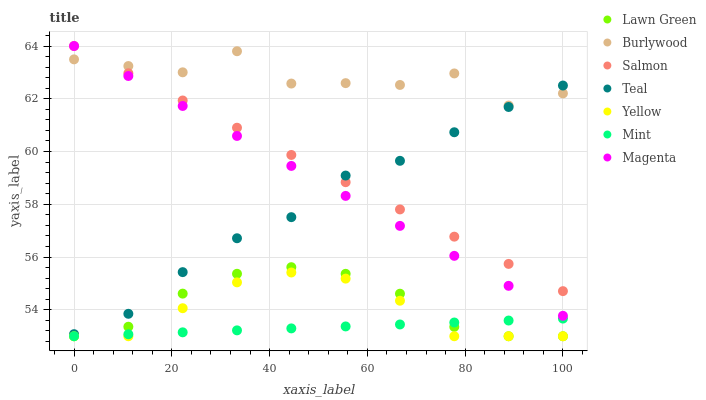
| xaxis_label | Lawn Green | Burlywood | Salmon | Teal | Yellow | Mint | Magenta |
 | --- | --- | --- | --- | --- | --- | --- | --- |
 | 0 | 53 | 63.5 | 64 | 53.1 | 53 | 53 | 64 |
 | 11.1 | 53.4 | 63.2 | 63 | 53.9 | 53 | 53.1 | 62.9 |
 | 22.2 | 54.6 | 63 | 61.9 | 55.4 | 54.1 | 53.1 | 61.7 |
 | 33.3 | 55.4 | 63.8 | 60.9 | 56.7 | 55 | 53.2 | 60.6 |
 | 44.4 | 55.6 | 62.6 | 59.9 | 57.5 | 55.4 | 53.3 | 59.5 |
 | 55.6 | 55.4 | 62.6 | 58.8 | 59.1 | 55.2 | 53.4 | 58.3 |
 | 66.7 | 54.6 | 62.5 | 57.8 | 59.6 | 54.3 | 53.4 | 57.2 |
 | 77.8 | 53.4 | 63 | 56.8 | 60.7 | 53 | 53.5 | 56 |
 | 88.9 | 53 | 61.7 | 55.7 | 61.7 | 53 | 53.6 | 54.9 |
 | 100 | 53 | 62.2 | 54.7 | 62.5 | 53 | 53.7 | 53.8 |